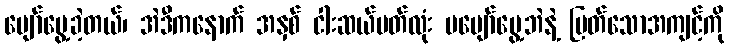
ပျော်မွေ့ခဲ့တယ်၊ အဲဒီကနောက် အနှစ် ငါးဆယ်ပတ်လုံး မပျော်မွေ့ဘဲနဲ့ မြတ်သောအကျင့်ကို